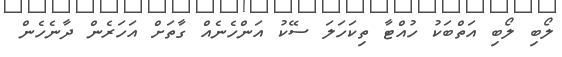
ލޯބި ލޯބި އަތްބަކު ހުއްޓާ ތިކަހަލަ ސޭކު އަންހެނެއް ގާތަށް އަހަރެން ދާނެހެން